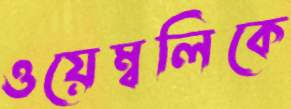
ওয়েম্বলিকে